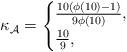
LaTeX: \begin{align*}\kappa_\mathcal{A}=\begin{cases}\frac{10(\phi(10)-1)}{9\phi(10)},\qquad&\\\frac{10}{9},&\\\end{cases}\end{align*}